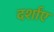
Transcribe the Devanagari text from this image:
दर्शांए